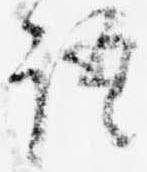
語